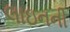
લાઇનની